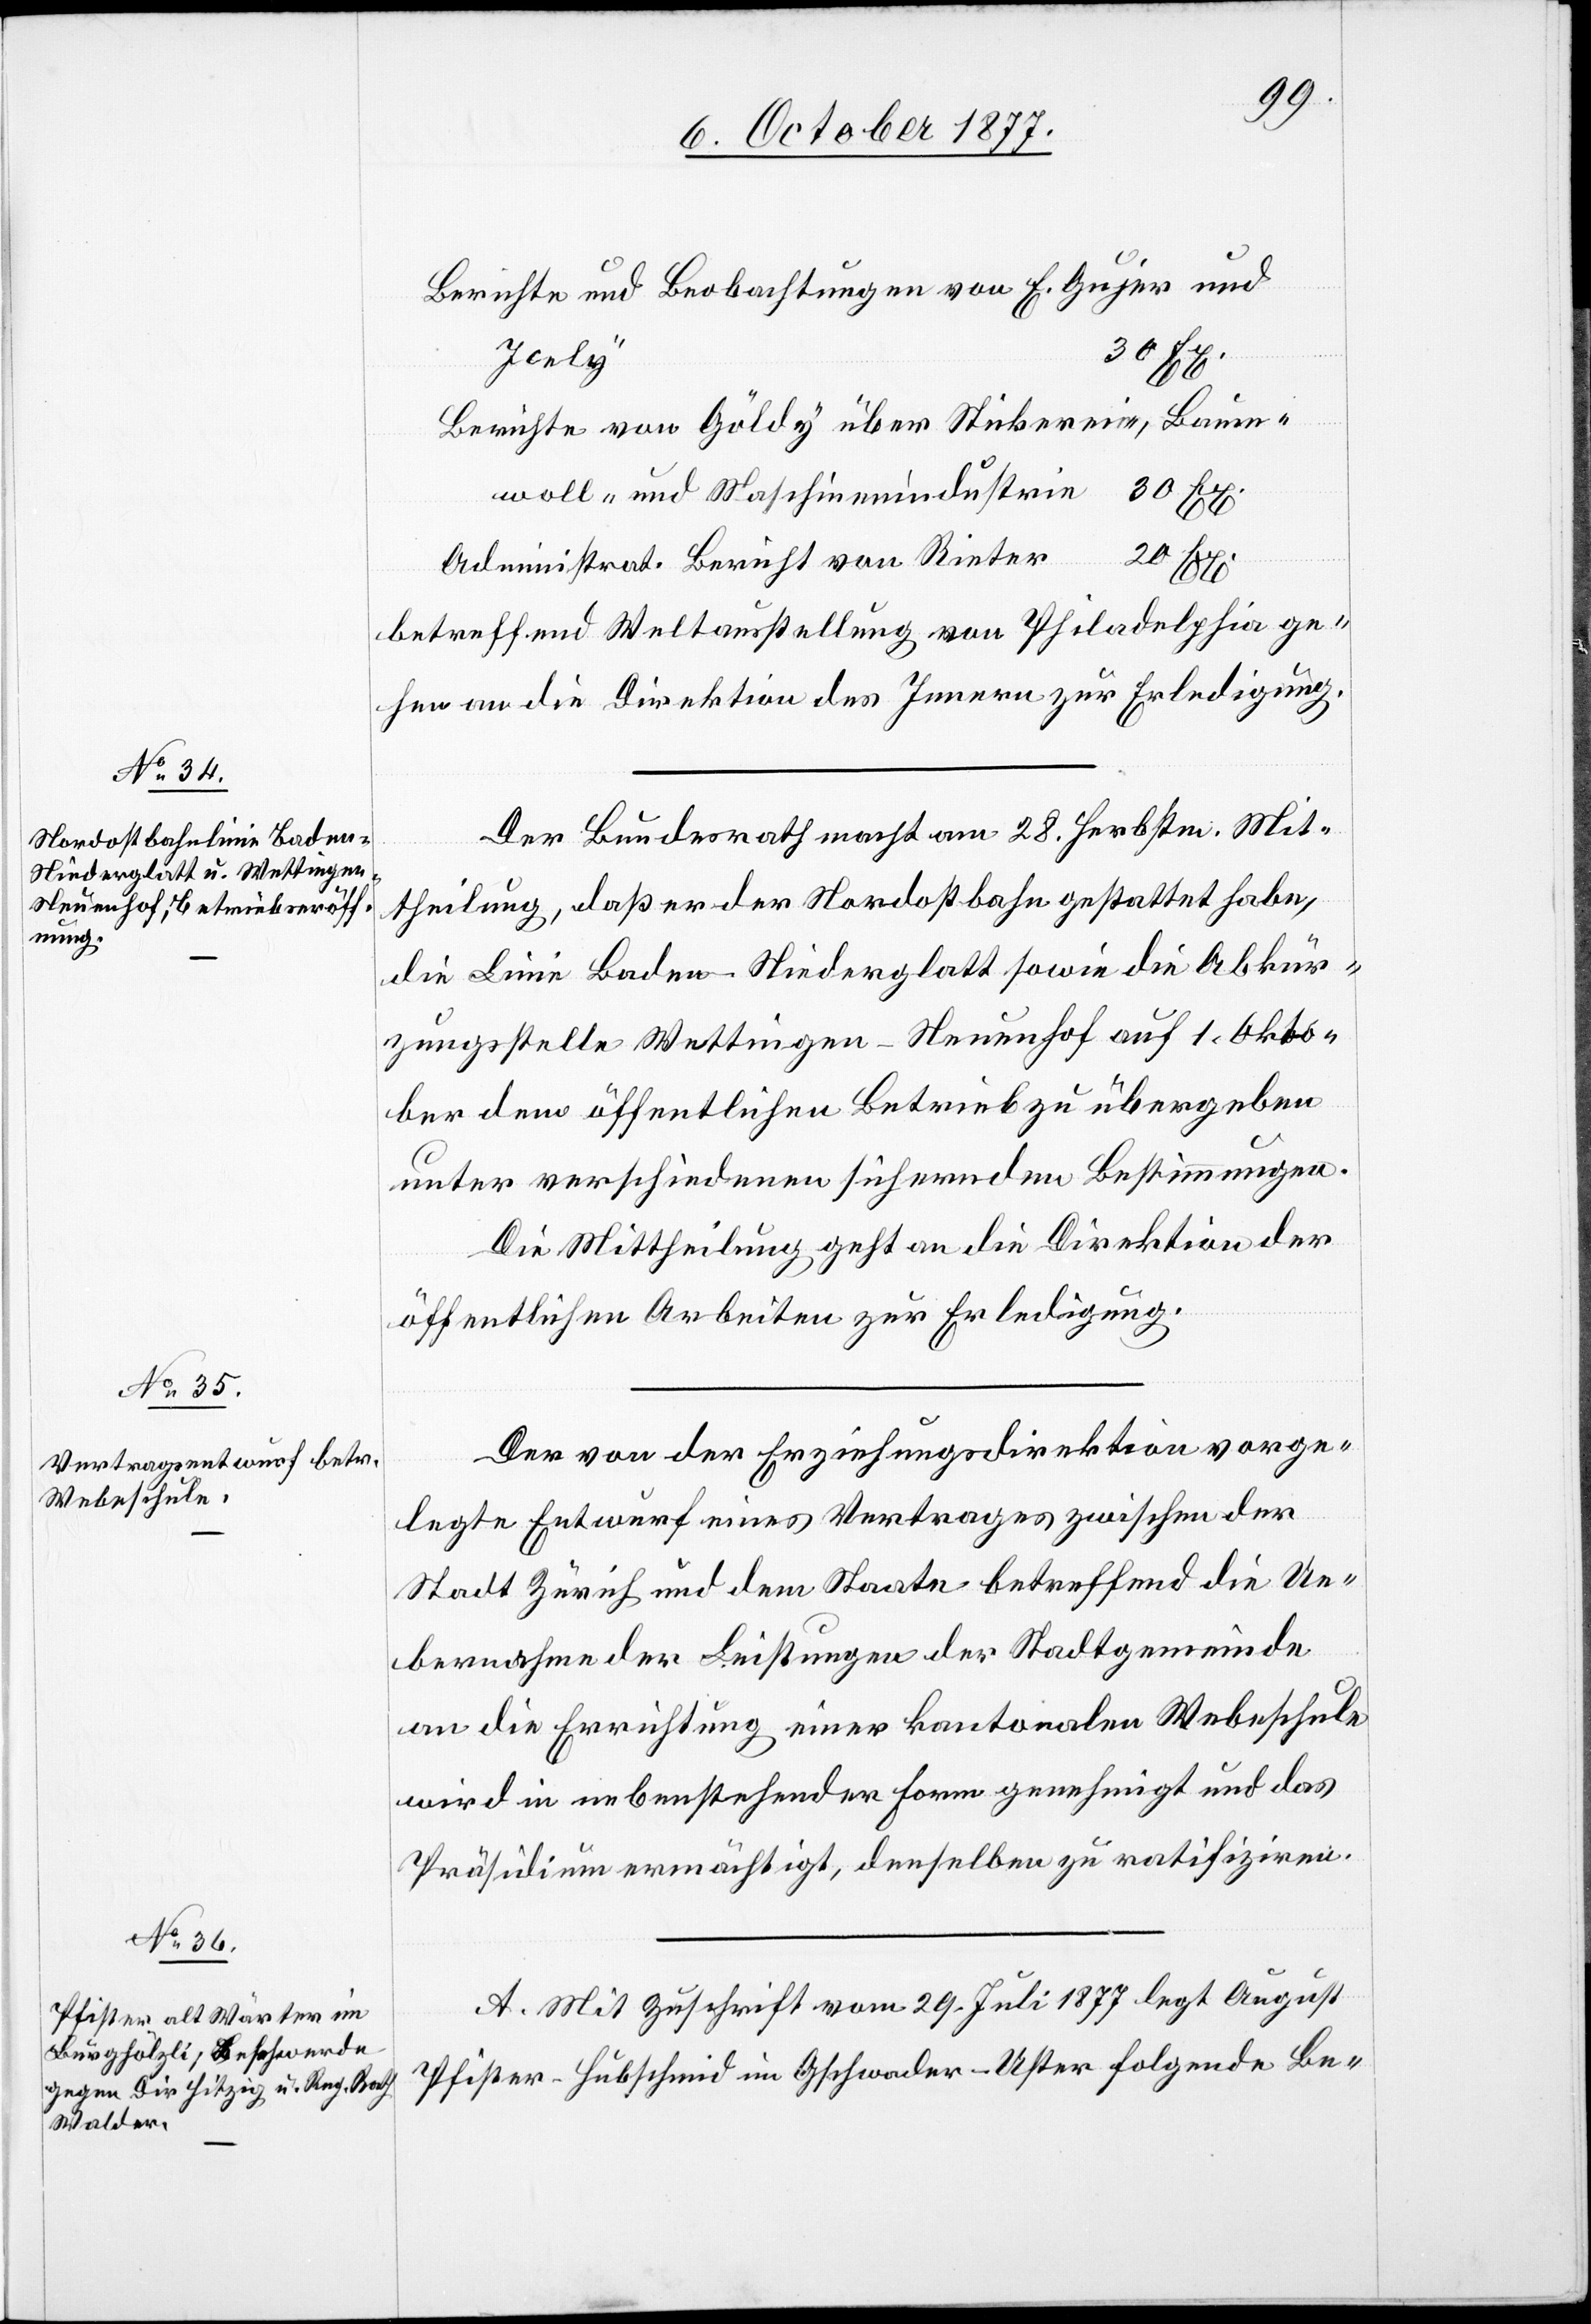
Berichte und Beobachtungen von E. Gujer und
20 Ex.
Icely
Berichte von Göldy über Stickerei-, Baum¬
woll- und Maschinenindustrie
Administrat. Bericht von Rieter
betreffend Weltausstellung von Philadelphia ge¬
hen an die Direktion des Innern zur Erledigung.
Der Bundesrath macht am 28. Herbstm. Mit¬
theilung, daß er der Nordostbahn gestattet habe,
die Linie Baden–Niederglatt sowie die Abkür¬
zungsstelle Wettingen-Neuenhof auf 1. Okto¬
ber dem öffentlichen Betrieb zu übergeben
unter verschiedenen sichernden Bestimmungen.
Die Mittheilung geht an die Direktion der
öffentlichen Arbeiten zur Erledigung.
Der von der Erziehungsdirektion vorge¬
legte Entwurf eines Vertrages zwischen der
Stadt Zürich und dem Staate betreffend die Ue¬
bernahme der Leistungen der Stadtgemeinde
an die Errichtung einer kantonalen Webeschule
wird in nebenstehender Form genehmigt und das
Präsidium ermächtigt, denselben zu ratifiziren.*
A. Mit Zuschrift vom 29. Juli 1877 legt August
Pfister-Hubschmid im Gschwader - Uster folgende Be-